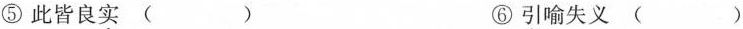
⑤此皆良实( ) ⑥引喻失义( )